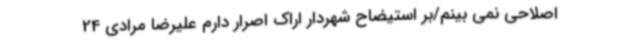
اصلاحی نمی بینم/بر استیضاح شهردار اراک اصرار دارم علیرضا مرادی 24